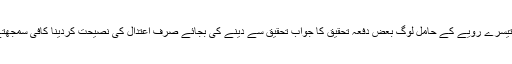
جبکہ تیسرے رویے کے حامل لوگ بعض دفعہ تحقیق کا جواب تحقیق سے دینے کی بجائے صرف اعتدال کی نصیحت کردینا کافی سمجھتے ہیں۔